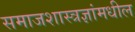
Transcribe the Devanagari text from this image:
समाजशास्त्रज्ञांमधील